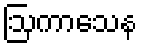
ဩကာသေန